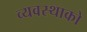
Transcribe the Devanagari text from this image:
व्यवस्थाको